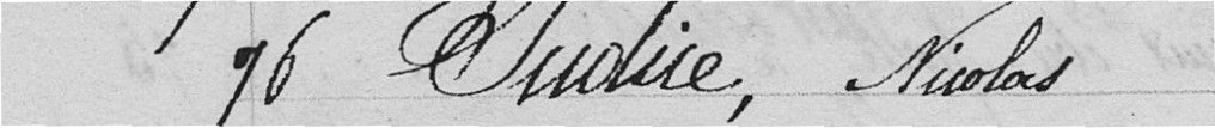
76 Judice, Nicolas